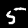
Digit: 5